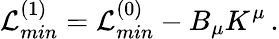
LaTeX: {\cal L}_{min}^{(1)}={\cal L}_{min}^{(0)}-B_{\mu}K^{\mu}\, .